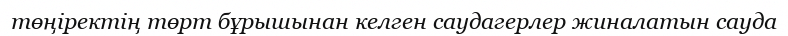
төңіректің төрт бұрышынан келген саудагерлер жиналатын сауда